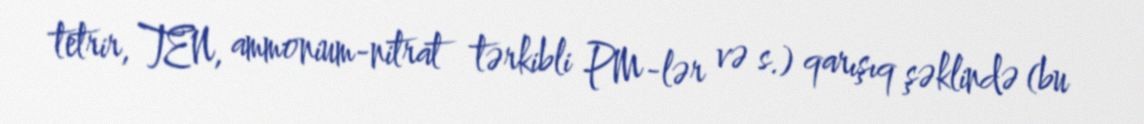
tetrir, TEN, ammonium-nitrat tərkibli PM-lər və s.) qarışıq şəklində (bu